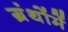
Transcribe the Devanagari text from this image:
ग्रंथोंमें